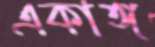
একাঙ্গ